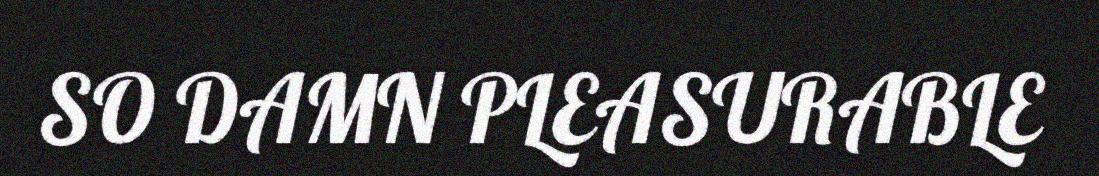
SO DAMN PLEASURABLE